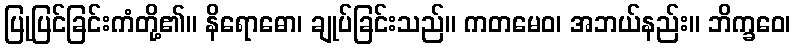
ပြုပြင်ခြင်းကံတို့၏။ နိရောဓော၊ ချုပ်ခြင်းသည်။ ကတမေဝ၊ အဘယ်နည်း။ ဘိက္ခဝေ၊